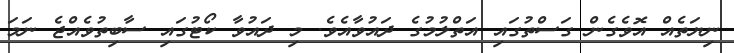
ނިޔަތެއް އޮވެގެން ގަސްތުގައި އަތްލުމުގެ ދައުވާއެވެ. މި ދައުވާ ކޯޓުގައި ސާބިތުވެއްޖެ ނަމަ